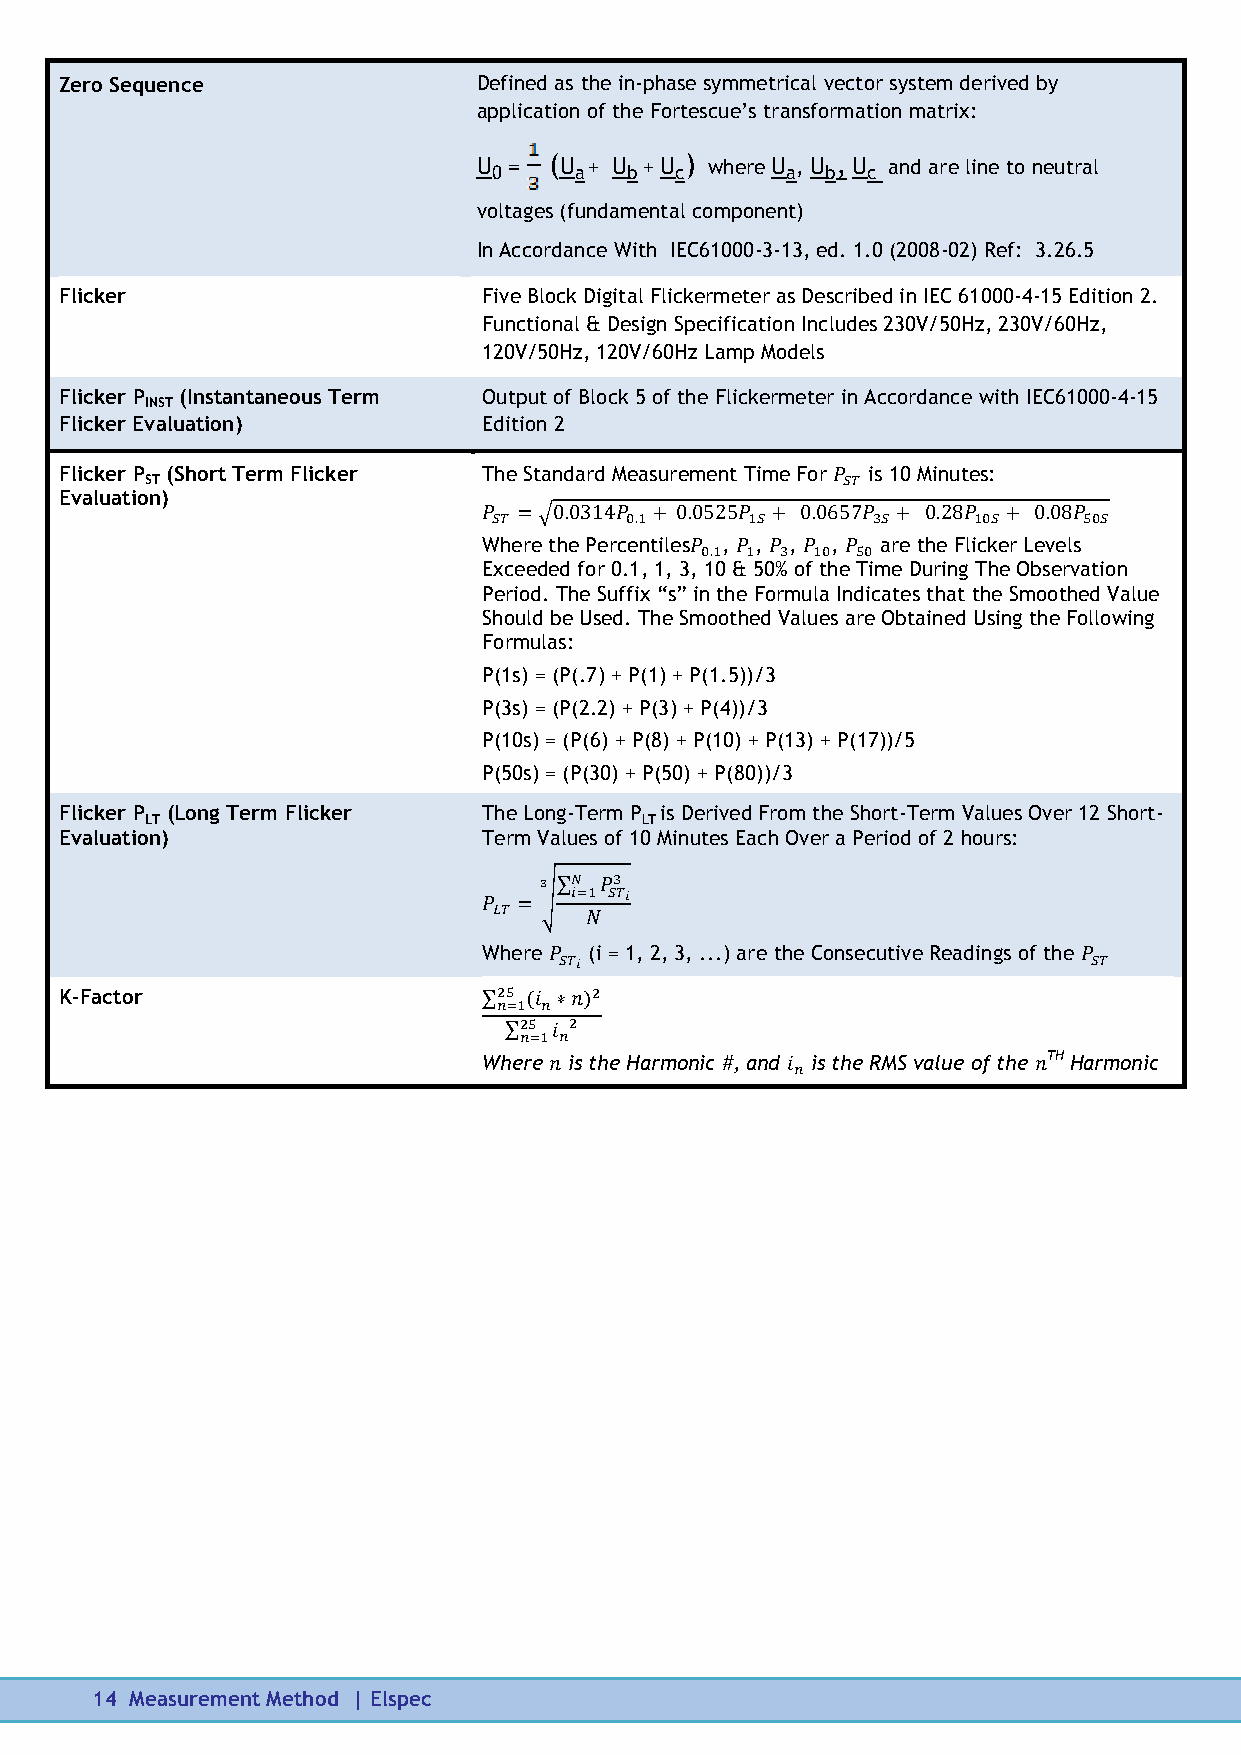
Zero Sequence               Defined as the in-phase symmetrical vector system derived by
 application of the Fortescue’s transformation matrix:
 U 0 = (U a + U b + U c) where U a, U b, U c and are line to neutral
 voltages (fundamental component)
 In Accordance With IEC61000-3-13, ed. 1.0 (2008-02) Ref: 3.26.5
 Flicker                     Five Block Digital Flickermeter as Described in IEC 61000-4-15 Edition 2.
 Functional & Design Specification Includes 230V/50Hz, 230V/60Hz,
 120V/50Hz, 120V/60Hz Lamp Models
 Flicker P (Instantaneous Term Output of Block 5 of the Flickermeter in Accordance with IEC61000-4-15
 INST
 Flicker Evaluation)         Edition 2
 Flicker P (Short Term Flicker The Standard Measurement Time For is 10 Minutes:
 ST
 Evaluation)
 Where the Percentiles , , , , are the Flicker Levels
 Exceeded for 0.1, 1, 3, 10 & 50% of the Time During The Observation
 Period. The Suffix “s” in the Formula Indicates that the Smoothed Value
 Should be Used. The Smoothed Values are Obtained Using the Following
 Formulas:
 P(1s) = (P(.7) + P(1) + P(1.5))/3
 P(3s) = (P(2.2) + P(3) + P(4))/3
 P(10s) = (P(6) + P(8) + P(10) + P(13) + P(17))/5
 P(50s) = (P(30) + P(50) + P(80))/3
 Flicker P (Long Term Flicker The Long-Term P is Derived From the Short-Term Values Over 12 Short-
 LT                              LT
 Evaluation)                 Term Values of 10 Minutes Each Over a Period of 2 hours:
 Where  (i = 1, 2, 3, ...) are the Consecutive Readings of the
 K-Factor
 Where is the Harmonic #, and is the RMS value of the TH Harmonic
 14 Measurement Method | Elspec